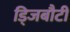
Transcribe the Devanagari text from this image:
ड्जिबौटी